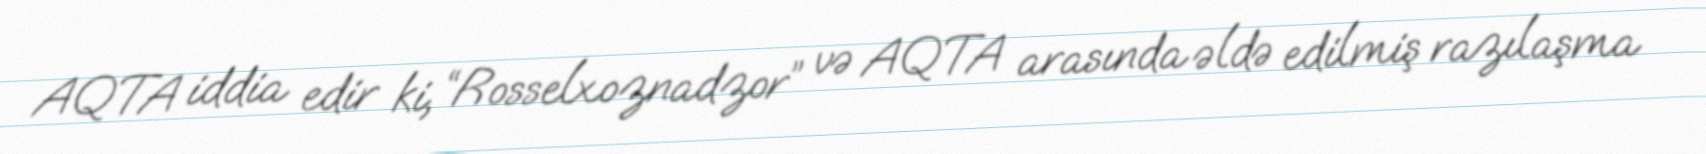
AQTA iddia edir ki, “Rosselxoznadzor” və AQTA arasında əldə edilmiş razılaşma